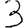
Digit: 3